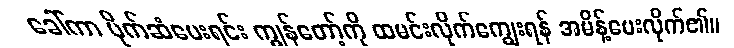
ခေါ်ကာ ပိုက်ဆံပေးရင်း ကျွန်တော့်ကို ထမင်းလိုက်ကျွေးရန် အမိန့်ပေးလိုက်၏။